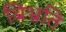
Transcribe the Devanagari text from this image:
बिभ्रति